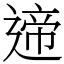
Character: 遆